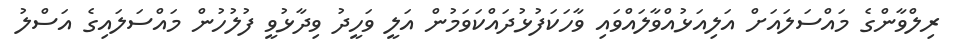
ރިލްވާންގެ މައްސަލައަށް އަލިއަޅުއްވާލައްވައި ވާހަކަފުޅުދައްކަވަމުން އަލީ ވަހީދު ވިދާޅުވީ ފުލުހުން މައްސަލައިގެ އަސްލު